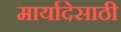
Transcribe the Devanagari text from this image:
मार्यादेसाठी